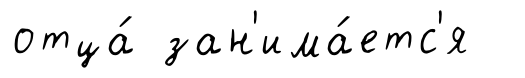
отца́ зан'има́етс'я